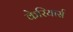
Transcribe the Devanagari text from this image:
केरियार्स